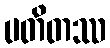
ပတိတဿ